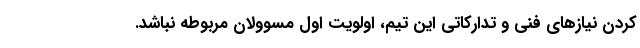
کردن نیازهای فنی و تدارکاتی این تیم، اولویت اول مسوولان مربوطه نباشد.